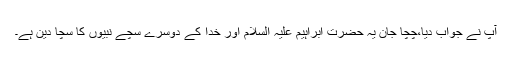
آپ نے جواب دیا،چچا جان یہ حضرت ابراہیم علیہ السلام اور خدا کے دوسرے سچے نبیوں کا سچا دین ہے۔